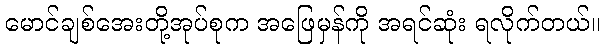
မောင်ချစ်အေးတို့အုပ်စုက အဖြေမှန်ကို အရင်ဆုံး ရလိုက်တယ်။